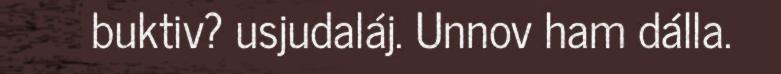
buktiv? usjudaláj. Unnov ham dálla.